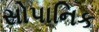
સોપાનિક